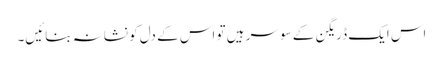
اس ایک ڈریگن کے سو سر ہیں تو اس کے دل کو نشانہ بنائیں۔